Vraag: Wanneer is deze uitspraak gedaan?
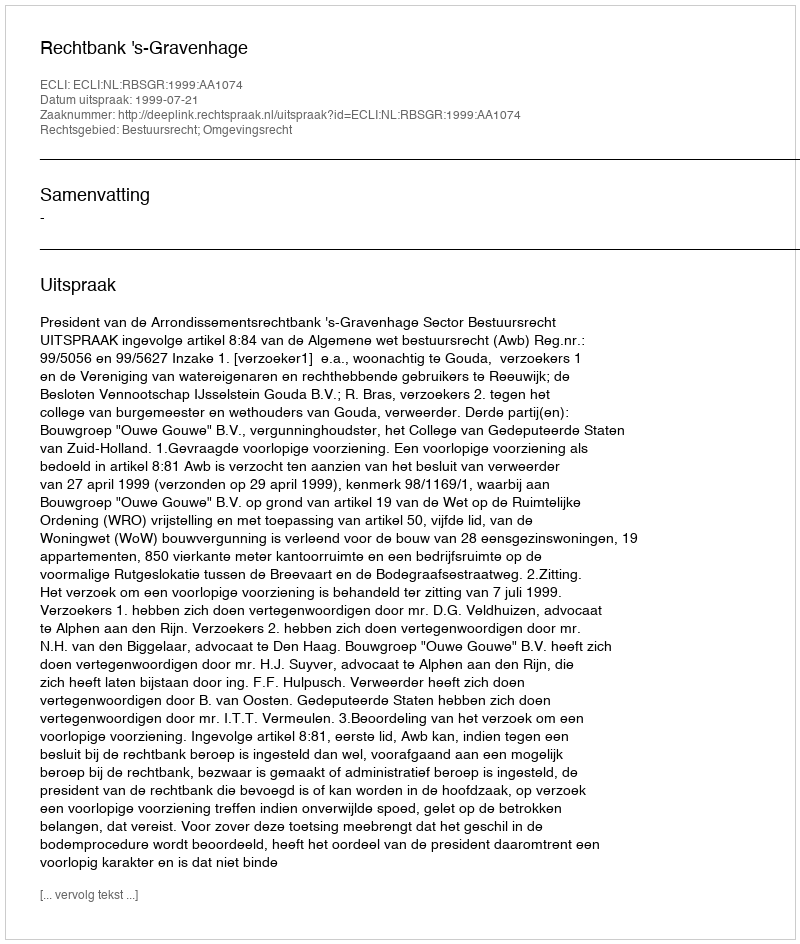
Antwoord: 1999-07-21